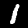
Digit: 1